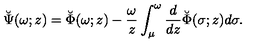
\breve { \Psi } ( \omega ; z ) = \breve { \Phi } ( \omega ; z ) - { \frac { \omega } { z } } \int _ { \mu } ^ { \omega } { \frac { d } { d z } } \breve { \Phi } ( \sigma ; z ) d \sigma .